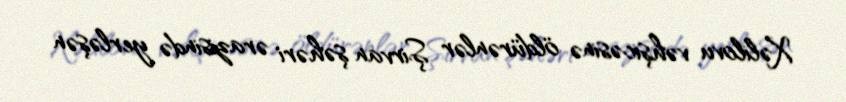
Xəlilovu vəhşicəsinə öldürənlər Şirvan şəhəri ərazisində yerləşən